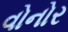
વોનોર